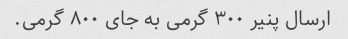
ارسال پنیر ٣٠٠ گرمی به جای ٨٠٠ گرمی.